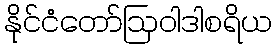
နိုင်ငံတော်ဩဝါဒါစရိယ